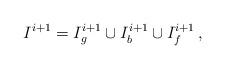
LaTeX: \begin{align*}I^{i+1}=I^{i+1}_g\cup I^{i+1}_b\cup I^{i+1}_f\, ,\end{align*}